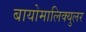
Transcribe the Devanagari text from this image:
बायोमालिक्युलर